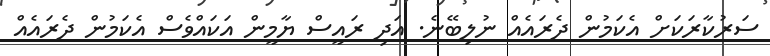
ސަރުކާރަކަށް އެކަމުން ދެރައެއް ނުލިބޭނެ. އަދި ރައީސް ޔާމީން އަކައްވެސް އެކަމުން ދެރައެއް